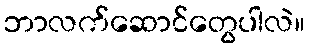
ဘာလက်ဆောင်တွေပါလဲ။